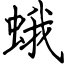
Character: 蛾